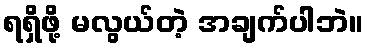
ရရှိဖို့ မလွယ်တဲ့ အချက်ပါဘဲ။